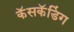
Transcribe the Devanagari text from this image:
कॅसकॅडिंग